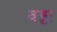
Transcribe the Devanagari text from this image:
वड्डा